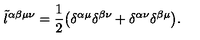
\tilde { l } ^ { \alpha \beta \mu \nu } = \frac { 1 } { 2 } \big ( \delta ^ { \alpha \mu } \delta ^ { \beta \nu } + \delta ^ { \alpha \nu } \delta ^ { \beta \mu } \big ) .